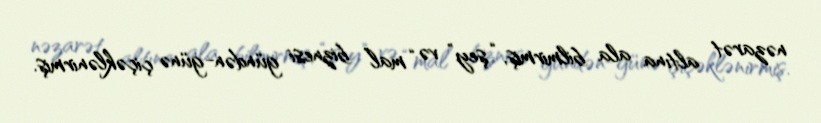
nəzarət altına ala bilmirmiş, “şey” və “mal” biznesi gündən-günə çiçəklənirmiş.